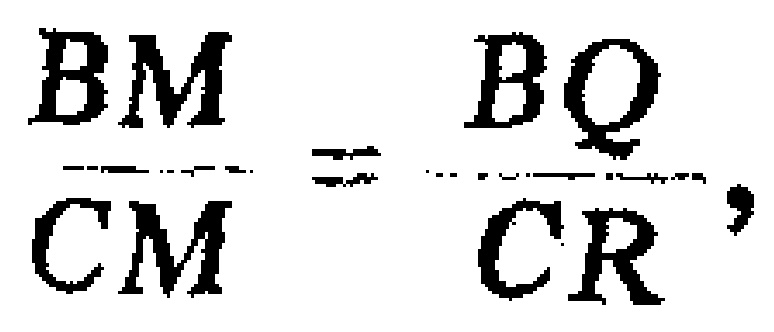
$\frac{BM}{CM}=\frac{BQ}{CR},$